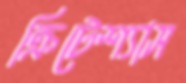
ক্রিটেশ্যাস